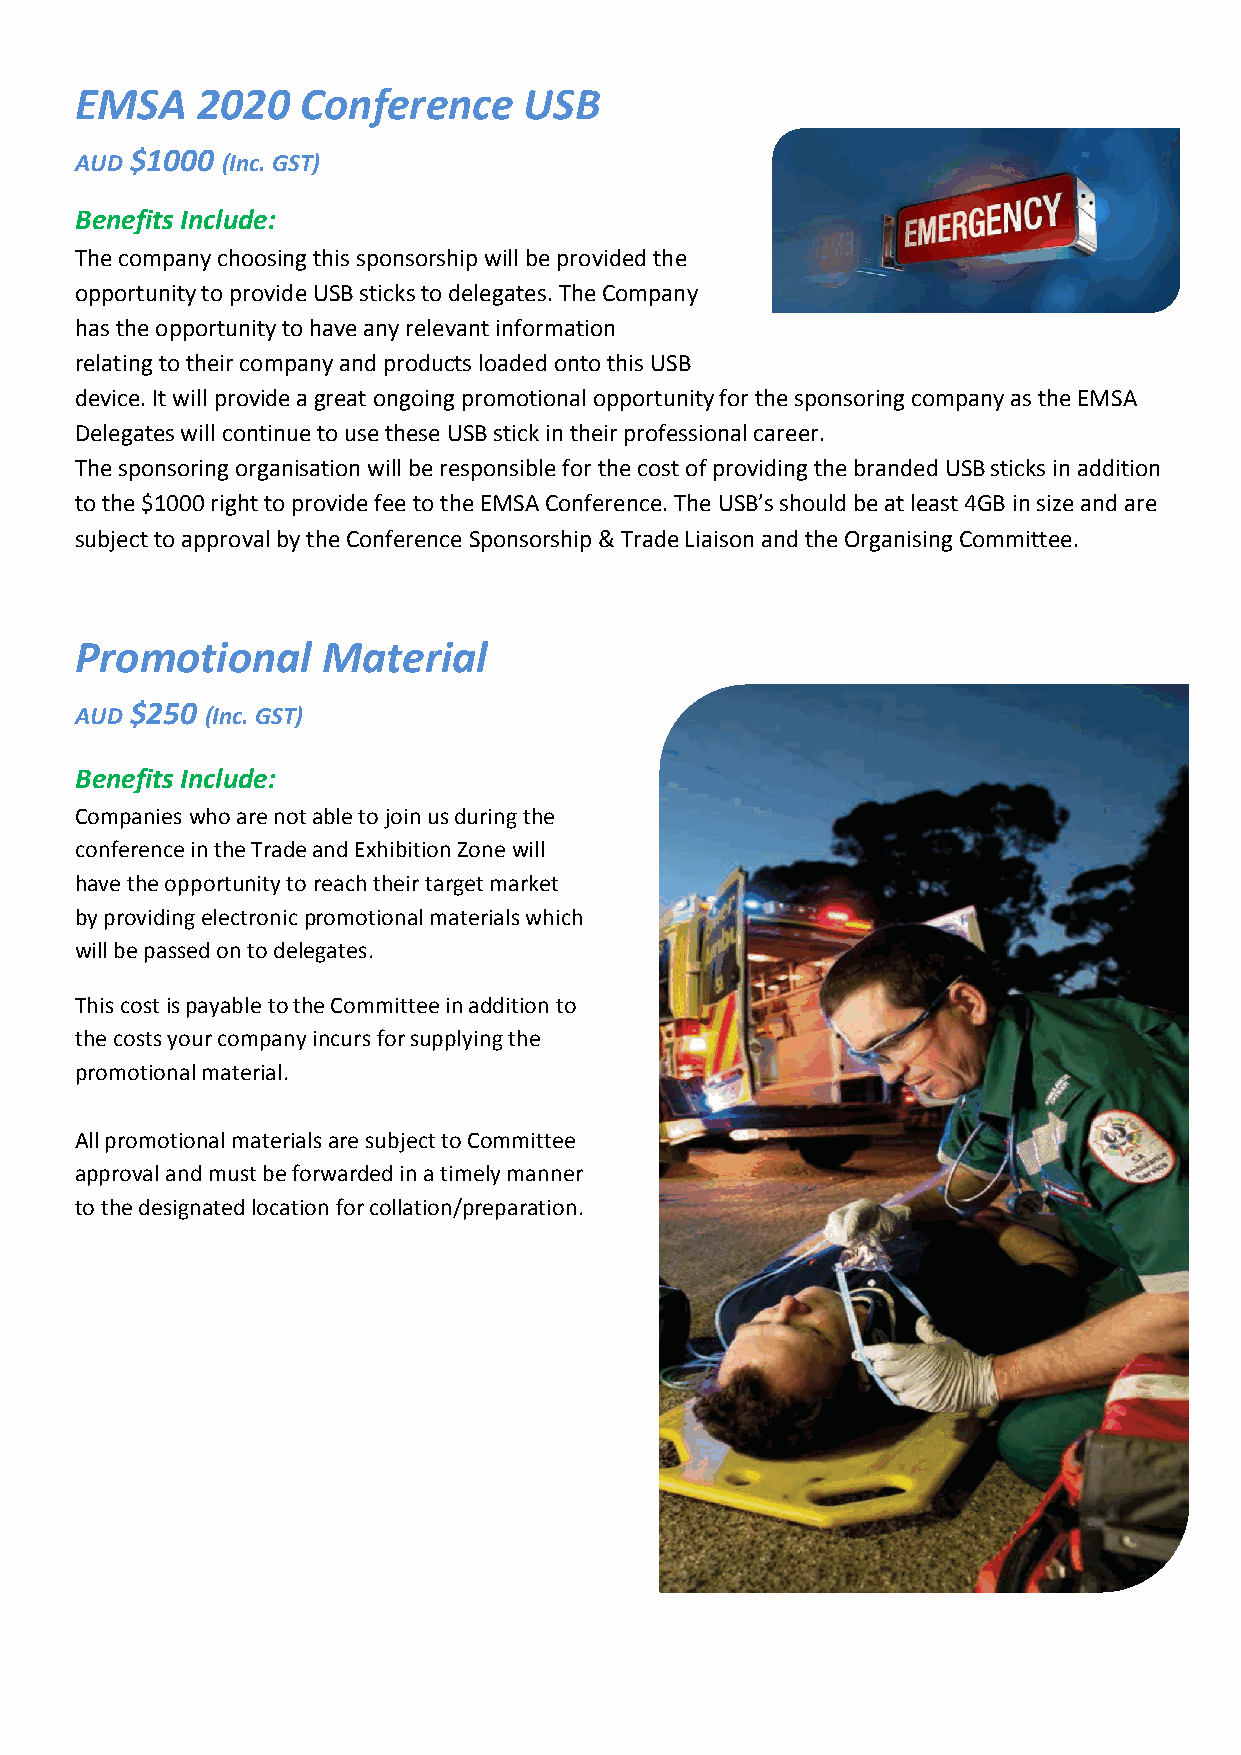
EMSA    2020   Conference     USB
 AUD $1000 (Inc. GST)
 Benefits Include:
 The company choosing this sponsorship will be provided the
 opportunity to provide USB sticks to delegates. The Company
 has the opportunity to have any relevant information
 relating to their company and products loaded onto this USB
 device. It will provide a great ongoing promotional opportunity for the sponsoring company as the EMSA
 Delegates will continue to use these USB stick in their professional career.
 The sponsoring organisation will be responsible for the cost of providing the branded USB sticks in addition
 to the $1000 right to provide fee to the EMSA Conference. The USB’s should be at least 4GB in size and are
 subject to approval by the Conference Sponsorship & Trade Liaison and the Organising Committee.
 Promotional     Material
 AUD $250 (Inc. GST)
 Benefits Include:
 Companies who are not able to join us during the
 conference in the Trade and Exhibition Zone will
 have the opportunity to reach their target market
 by providing electronic promotional materials which
 will be passed on to delegates.
 This cost is payable to the Committee in addition to
 the costs your company incurs for supplying the
 promotional material.
 All promotional materials are subject to Committee
 approval and must be forwarded in a timely manner
 to the designated location for collation/preparation.